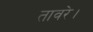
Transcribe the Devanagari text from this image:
तावरे।